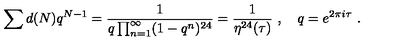
\sum d ( N ) q ^ { N - 1 } = \frac { 1 } { q \prod _ { n = 1 } ^ { \infty } ( 1 - q ^ { n } ) ^ { 2 4 } } = \frac { 1 } { \eta ^ { 2 4 } ( \tau ) } \ , \quad q = e ^ { 2 \pi i \tau } \ .